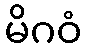
မိဂဝံ